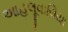
આહલૂવાલિયા